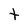
Character: t